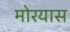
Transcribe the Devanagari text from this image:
मोरयास